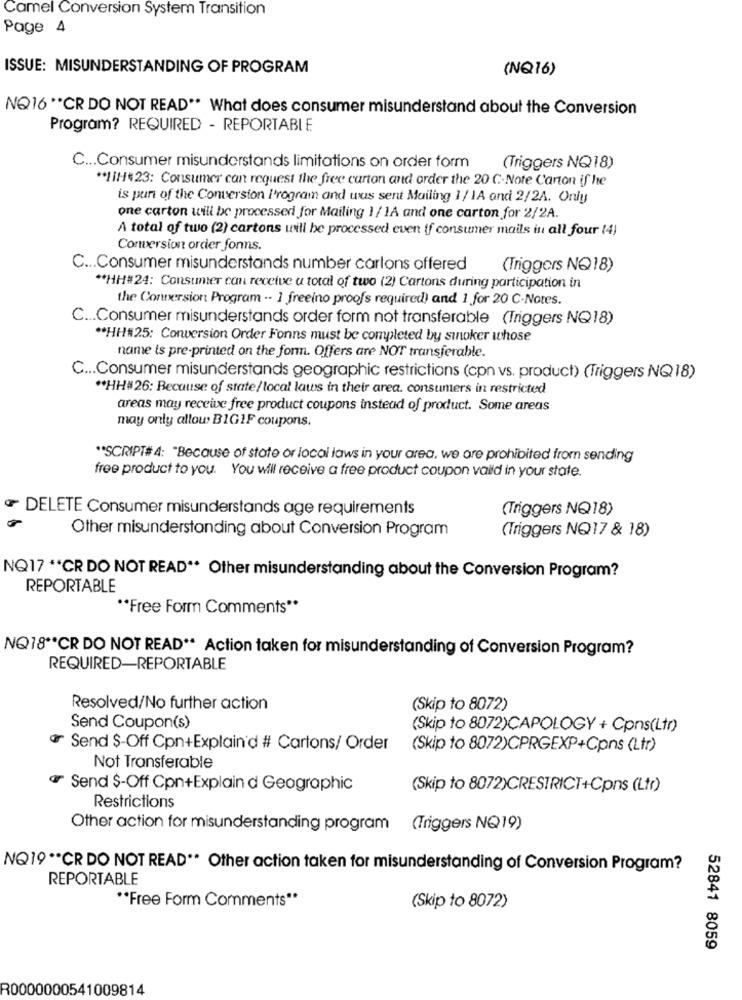
Camel Conversion System Transition
Page 4
ISSUE: MISUNDERSTANDING OF PROGRAM
(NQ16)
NQ16 ** CR DO NOT READ" What does consumer misunderstand about the Conversion
Program? REQUIRED - REPORTABLE
C ... Consumer misunderstands limitations on order form
(Triggers NQ18)
** 11H423: Consumer can request the free carton and order the 20 C.Note Carton if he
is puri of the Conversion Program and was sent Mailing 1/ 1A and 2/2A. Only
one carton will be processedi for Mailing 1/ 1A and one carton for 2/2A.
A total of two (2) cartons will be processed even if consumer mails in all four (4)
Conversion order fonns.
C ... Consumer misunderstands number carlons offered
(Triggers NQ18)
** HH#24: Consumer can receive a total of two (2) Cartons during participation in
the Conversion Program -- 1 freeino proofs required) and 1 for 20 C-Notes.
C ... Consumer misunderstands order form not transferable (Triggers NQ18)
** HH#25: Conversion Order Fonns must be completed by sinoker whose
name is pre-printed on the form. Offers are NOT transferable.
C ... Consumer misunderstands geographic restrictions (cpn vs. product) (Triggers NQ18)
** HH#26: Because of state/local laws in their area. consumers in restricted
areas may receive free product coupons instead of product. Some areas
may only allow B1G1F coupons.
** SCRIPT# 4: "Because of state or local laws in your area, we are prohibited from sending
free product to you. You will receive a free product coupon vald in your state.
៛ DELETE Consumer misunderstands age requirements
(Triggers NQ18)
Other misunderstanding about Conversion Program
(Triggers NQ17 & 18)
NQ17 ** CR DO NOT READ". Other misunderstanding about the Conversion Program?
REPORTABLE
** Free Form Comments **
NQ18 ** CR DO NOT READ" Action taken for misunderstanding of Conversion Program?
REQUIRED-REPORTABLE
Resolved/No further action
(Skip to 8072)
Send Coupon(s)
(Skip to 8072)CAPOLOGY + Cpns(Ltr)
Send $-Off Cpn+Explain'd # Cartons/ Order
(Skip to 8072)CPRGEXP+Cpns (Ltr)
Not Transferable
ar Send $-Off Cpn+Explain d Geographic
(Skip to 8072)CRESTRICT+Cpns (Ltr)
Restrictions
Other action for misunderstanding program (Triggers NQ19)
NQ19 ** CR DO NOT READ ** Other action taken for misunderstanding of Conversion Program?
REPORTABLE
** Free Form Comments **
(Skip to 8072)
52841 8059
R0000000541009814